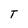
Character: T